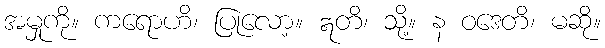
အမှုကို။ ကရောဟိ၊ ပြုလော့။ ဣတိ၊ သို့။ န ဝဒေတိ၊ မဆို။